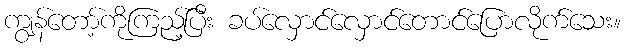
ကျွန်တော့်ကိုကြည့်ပြီး ခပ်လှောင်လှောင်တောင်ပြောလိုက်သေး။